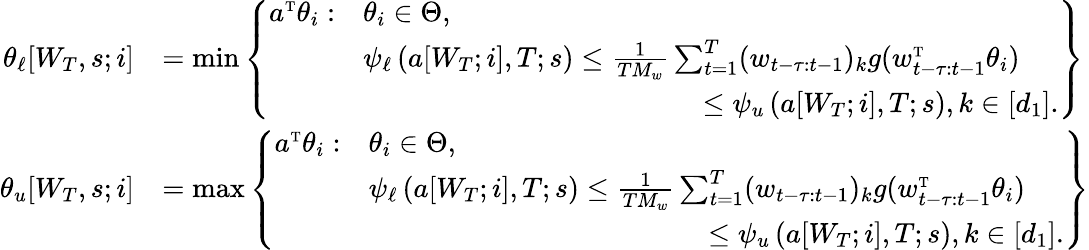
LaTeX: \begin{array}{rl}{\theta_{\ell}[W_{T},s;i]}&{=\operatorname*{min}\left\{ \begin{array}{ll}{a^{\mathrm{\scriptscriptstyle T}}\theta_{i}:}&{\theta_{i}\in\Theta,}\\ &{\psi_{\ell}\left(a[W_{T};i],T;s\right)\leq\frac{1}{TM_{w}}\sum_{t=1}^{T}(w_{t-\tau:t-1})_{k}g(w_{t-\tau:t-1}^{\mathrm{\scriptscriptstyle T}}\theta_{i})}\\ &{\quad\quad\quad\quad\quad\quad\quad\quad\quad\quad\quad\quad\leq\psi_{u}\left(a[W_{T};i],T;s\right),k\in[d_{1}].}\end{array}\right\} }\\ {\theta_{u}[W_{T},s;i]}&{=\operatorname*{max}\left\{ \begin{array}{ll}{a^{\mathrm{\scriptscriptstyle T}}\theta_{i}:}&{\theta_{i}\in\Theta,}\\ &{\psi_{\ell}\left(a[W_{T};i],T;s\right)\leq\frac{1}{TM_{w}}\sum_{t=1}^{T}(w_{t-\tau:t-1})_{k}g(w_{t-\tau:t-1}^{\mathrm{\scriptscriptstyle T}}\theta_{i})}\\ &{\quad\quad\quad\quad\quad\quad\quad\quad\quad\quad\quad\quad\leq\psi_{u}\left(a[W_{T};i],T;s\right),k\in[d_{1}].}\end{array}\right\} }\end{array}